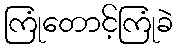
ကြုံတောင့်ကြုံခဲ